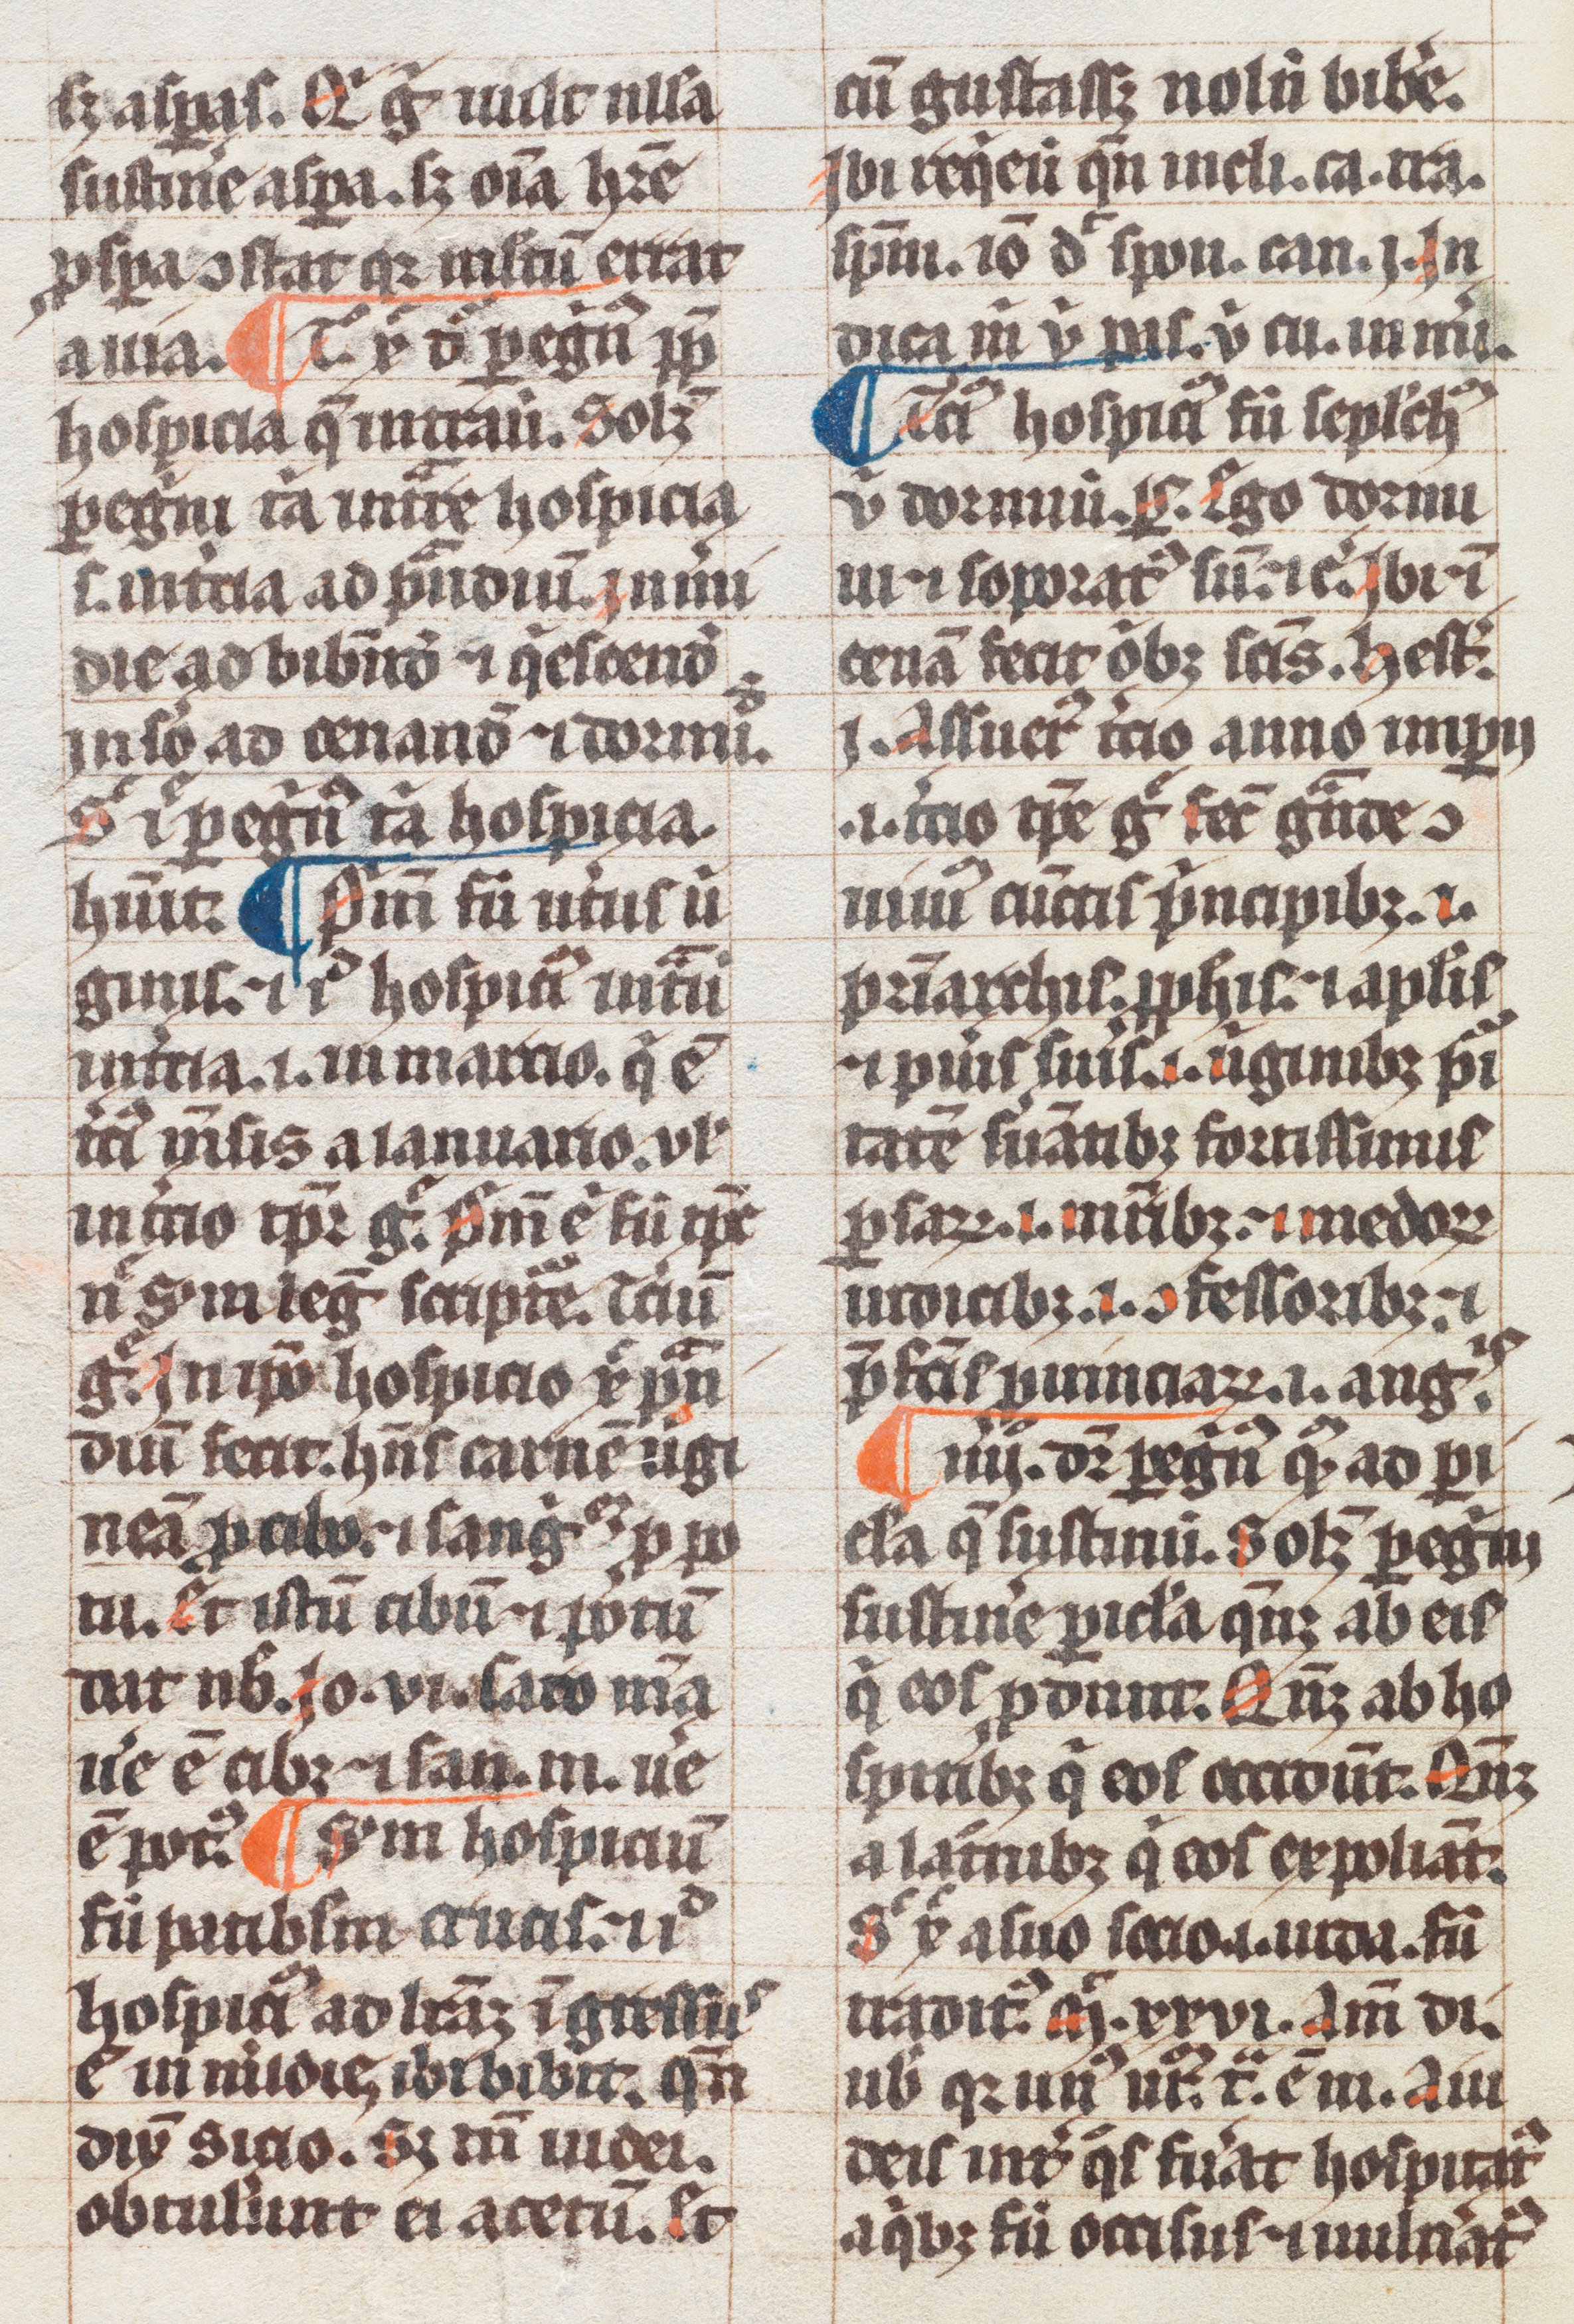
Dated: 1300–1399